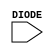
module sky130_fd_sc_hdll__diode (
    DIODE
);

    // Module ports
    input DIODE;
     // No contents.
endmodule